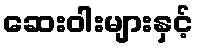
ဆေးဝါးများနှင့်